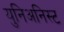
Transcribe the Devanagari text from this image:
युनिअनिस्ट